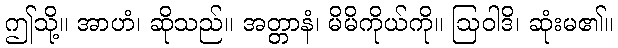
ဤသို့။ အာဟံ၊ ဆိုသည်။ အတ္တာနံ၊ မိမိကိုယ်ကို။ ဩဝါဒိ၊ ဆုံးမ၏။